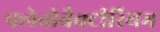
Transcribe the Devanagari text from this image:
फ्लेवोबैक्टीरियम